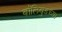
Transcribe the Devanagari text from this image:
बॉलिवुडच्या